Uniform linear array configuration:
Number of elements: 32
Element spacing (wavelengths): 1
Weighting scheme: hamming
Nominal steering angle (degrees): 0
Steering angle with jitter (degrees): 1.389
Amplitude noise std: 0.05
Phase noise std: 0.05

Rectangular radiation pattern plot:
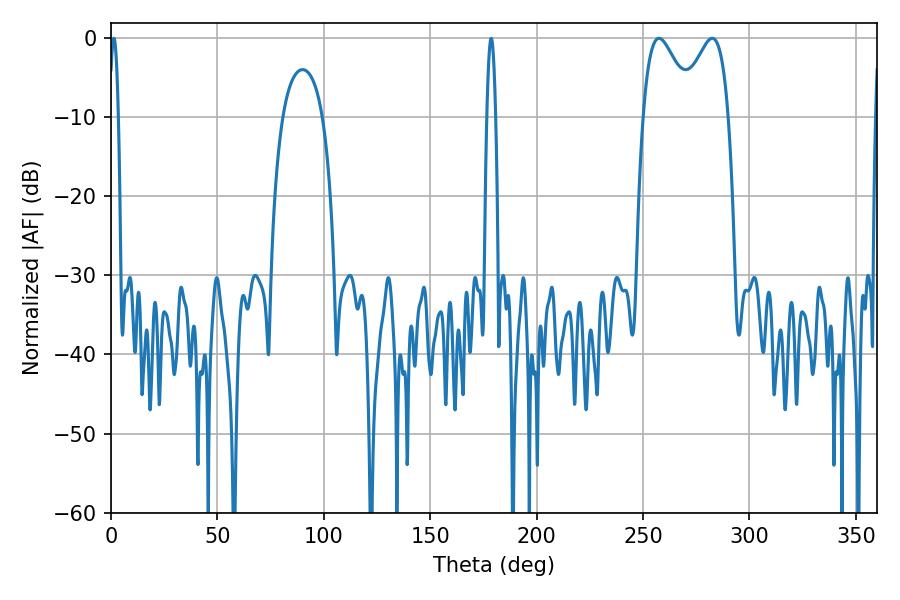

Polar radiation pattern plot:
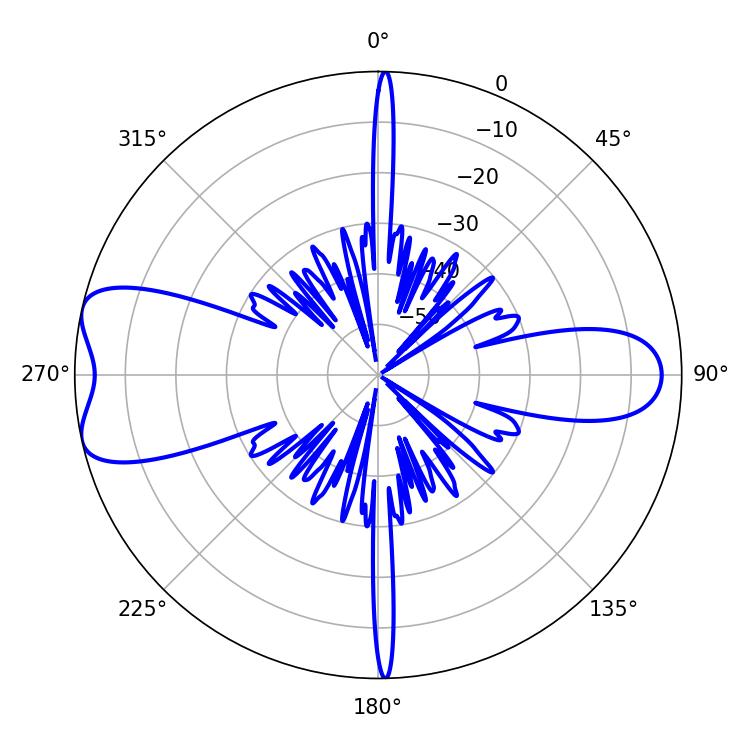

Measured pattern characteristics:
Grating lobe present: TRUE
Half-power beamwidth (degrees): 12.6
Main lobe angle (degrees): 282.6